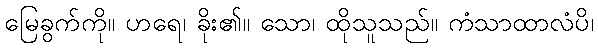
မြေခွက်ကို။ ဟရေ၊ ခိုး၏။ သော၊ ထိုသူသည်။ ကံသာထာလံပိ၊